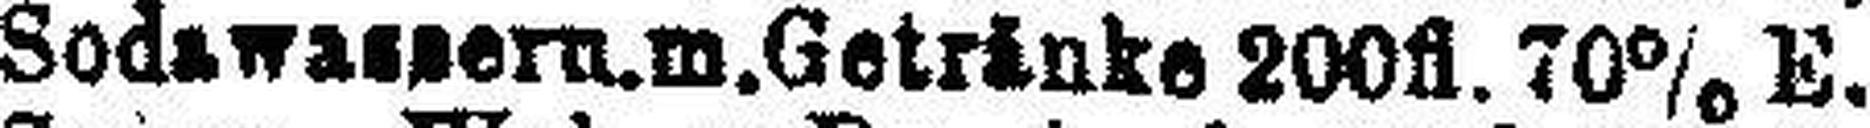
Sodawa###ern.m.Getrinke 200fl. 70% E.